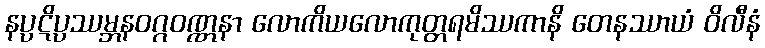
နပ္ပဋိပ္ပဿမ္ဘနဝဂ္ဂဝဏ္ဏနာ လောကိယလောကုတ္တရမိဿကာနိ တေနဿာယံ ဝိလီနံ